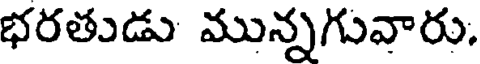
భరతుడు మున్నగువారు.